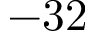
- 3 2